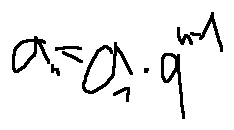
a _ { n } = a _ { 1 } \cdot q ^ { n - 1 }